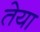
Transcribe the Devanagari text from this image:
तेया